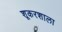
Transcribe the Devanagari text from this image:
शूकरशाला